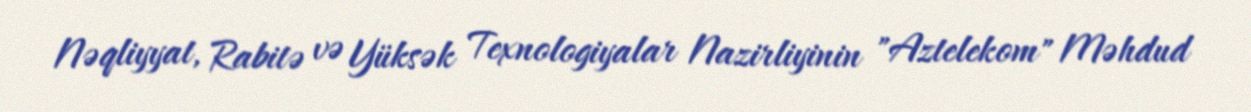
Nəqliyyat, Rabitə və Yüksək Texnologiyalar Nazirliyinin "Aztelekom" Məhdud